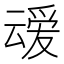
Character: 叆